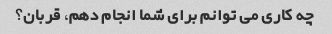
چه کاری می توانم برای شما انجام دهم، قربان؟